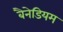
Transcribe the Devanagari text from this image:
बैनेडियम